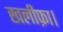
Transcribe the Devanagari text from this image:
खलीफ़ा।